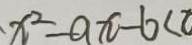
x ^ { 2 } - a x - b < 0